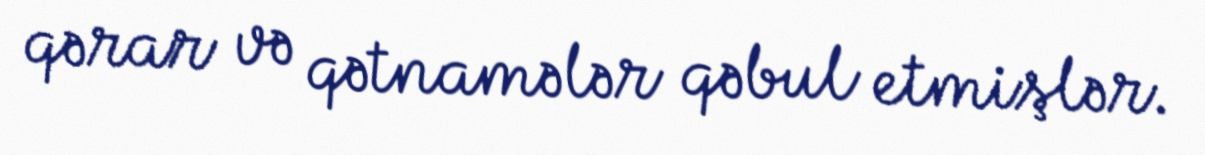
qərar və qətnamələr qəbul etmişlər.